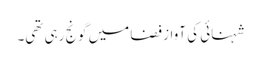
شہنائی کی آواز فضا میں گونج رہی تھی۔